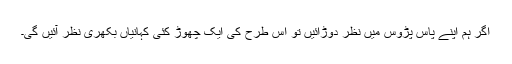
اگر ہم اپنے پاس پڑوس میں نظر دوڑائیں تو اس طرح کی ایک چھوڑ کئی کہانیاں بکھری نظر آئیں گی۔